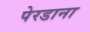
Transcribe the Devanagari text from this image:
पेरडाना